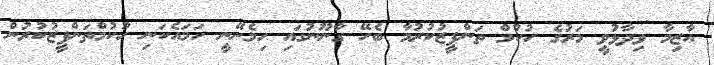
އާޒިމާ ވިދާޅުވީ މަރުގެ ހުކުމް ތަންފީޒުކުރުމާ ބެހޭ ގާނޫނުގައި ހިމެނޭނީ ހަމައެކަނި ހުކުމްތަންފީޒުކުރުން